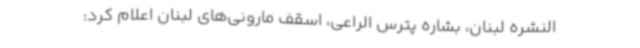
النشره لبنان، بشاره پترس الراعی، اسقف مارونی‌های لبنان اعلام کرد: